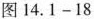
图14.1-18